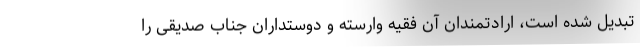
تبدیل شده است، ارادتمندان آن فقیه وارسته و دوستداران جناب صدیقی را